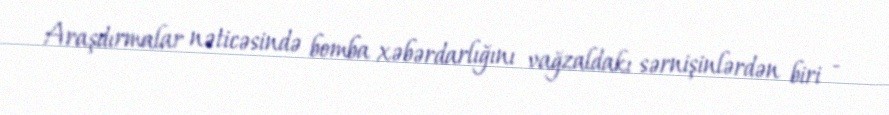
Araşdırmalar nəticəsində bomba xəbərdarlığını vağzaldakı sərnişinlərdən biri -